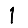
Digit: 1